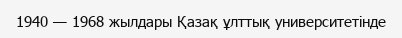
1940 — 1968 жылдары Қазақ ұлттық университетінде